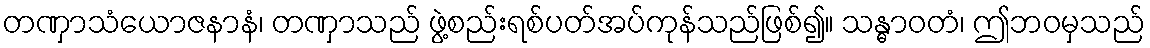
တဏှာသံယောဇနာနံ၊ တဏှာသည် ဖွဲ့စည်းရစ်ပတ်အပ်ကုန်သည်ဖြစ်၍။ သန္ဓာဝတံ၊ ဤဘဝမှသည်